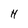
Character: H